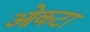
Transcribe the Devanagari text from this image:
ओकटा